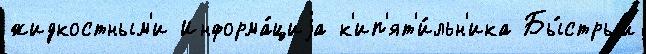
жидкостным'и Информа́циjа к'ип'ят'и́льн'ика Бы́стрый